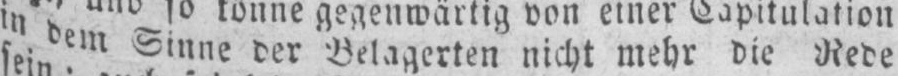
in dem Sinne der Belagerten nicht mehr die Rede